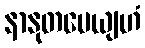
နာနုတပေယျဟံ